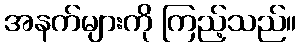
အနက်များကို ကြည့်သည်။